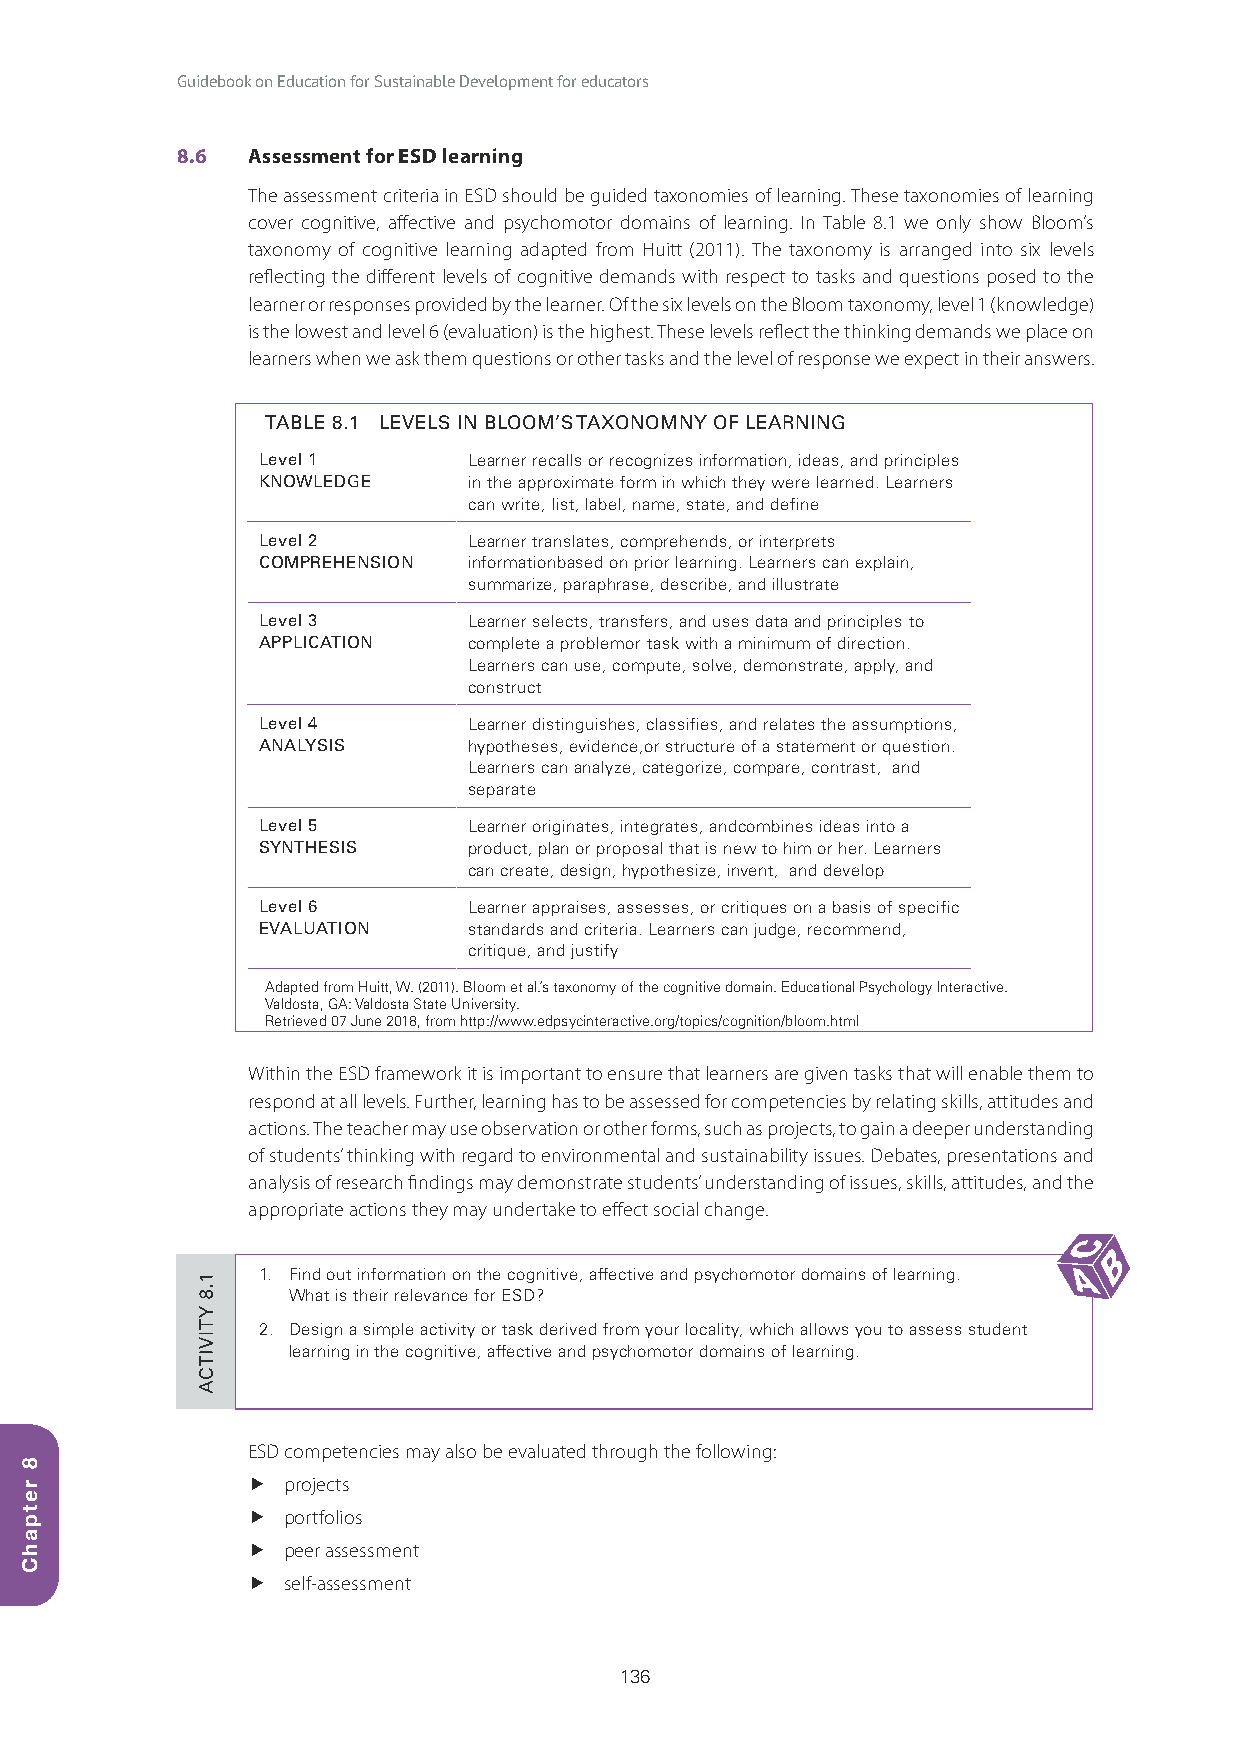
Guidebook on Education for Sustainable Development for educators
 8.6 Assessment for ESD learning
 The assessment criteria in ESD should be guided taxonomies of learning. These taxonomies of learning
 cover cognitive, affective and psychomotor domains of learning. In Table 8.1 we only show Bloom’s
 taxonomy of cognitive learning adapted from Huitt (2011). The taxonomy is arranged into six levels
 reflecting the different levels of cognitive demands with respect to tasks and questions posed to the
 learner or responses provided by the learner. Of the six levels on the Bloom taxonomy, level 1 (knowledge)
 is the lowest and level 6 (evaluation) is the highest. These levels reflect the thinking demands we place on
 learners when we ask them questions or other tasks and the level of response we expect in their answers.
 TABLE 8.1 LEVELS IN BLOOM’S TAXONOMNY OF LEARNING
 Level 1       Learner recalls or recognizes information, ideas, and principles
 KNOWLEDGE     in the approximate form in which they were learned. Learners
 can write, list, label, name, state, and define
 Level 2       Learner translates, comprehends, or interprets
 COMPREHENSION informationbased on prior learning. Learners can explain,
 summarize, paraphrase, describe, and illustrate
 Level 3       Learner selects, transfers, and uses data and principles to
 APPLICATION   complete a problemor task with a minimum of direction.
 Learners can use, compute, solve, demonstrate, apply, and
 construct
 Level 4       Learner distinguishes, classifies, and relates the assumptions,
 ANALYSIS      hypotheses, evidence,or structure of a statement or question.
 Learners can analyze, categorize, compare, contrast, and
 separate
 Level 5       Learner originates, integrates, andcombines ideas into a
 SYNTHESIS     product, plan or proposal that is new to him or her. Learners
 can create, design, hypothesize, invent, and develop
 Level 6       Learner appraises, assesses, or critiques on a basis of specific
 EVALUATION    standards and criteria. Learners can judge, recommend,
 critique, and justify
 Adapted from Huitt, W. (2011). Bloom et al.’s taxonomy of the cognitive domain. Educational Psychology Interactive.
 Valdosta, GA: Valdosta State University.
 Retrieved 07 June 2018, from http://www.edpsycinteractive.org/topics/cognition/bloom.html
 Within the ESD framework it is important to ensure that learners are given tasks that will enable them to
 respond at all levels. Further, learning has to be assessed for competencies by relating skills, attitudes and
 actions. The teacher may use observation or other forms, such as projects, to gain a deeper understanding
 of students’ thinking with regard to environmental and sustainability issues. Debates, presentations and
 analysis of research findings may demonstrate students’ understanding of issues, skills, attitudes, and the
 appropriate actions they may undertake to effect social change.
 1. Find out information on the cognitive, affective and psychomotor domains of learning.
 What is their relevance for ESD?
 2. Design a simple activity or task derived from your locality, which allows you to assess student
 learning in the cognitive, affective and psychomotor domains of learning.
 ESD competencies may also be evaluated through the following:
   projects
   portfolios
   peer assessment
   self-assessment
 136
 8
 retpahC
 1.8
 YTIVITCA